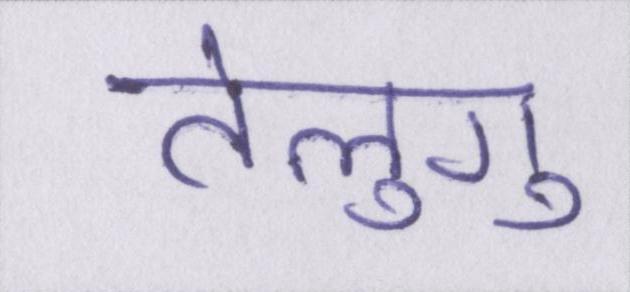
तेलुगू